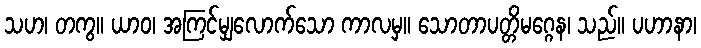
သဟ၊ တကွ။ ယာဝ၊ အကြင်မျှလောက်သော ကာလမှ။ သောတာပတ္တိမဂ္ဂေန၊ သည်။ ပဟာနာ၊